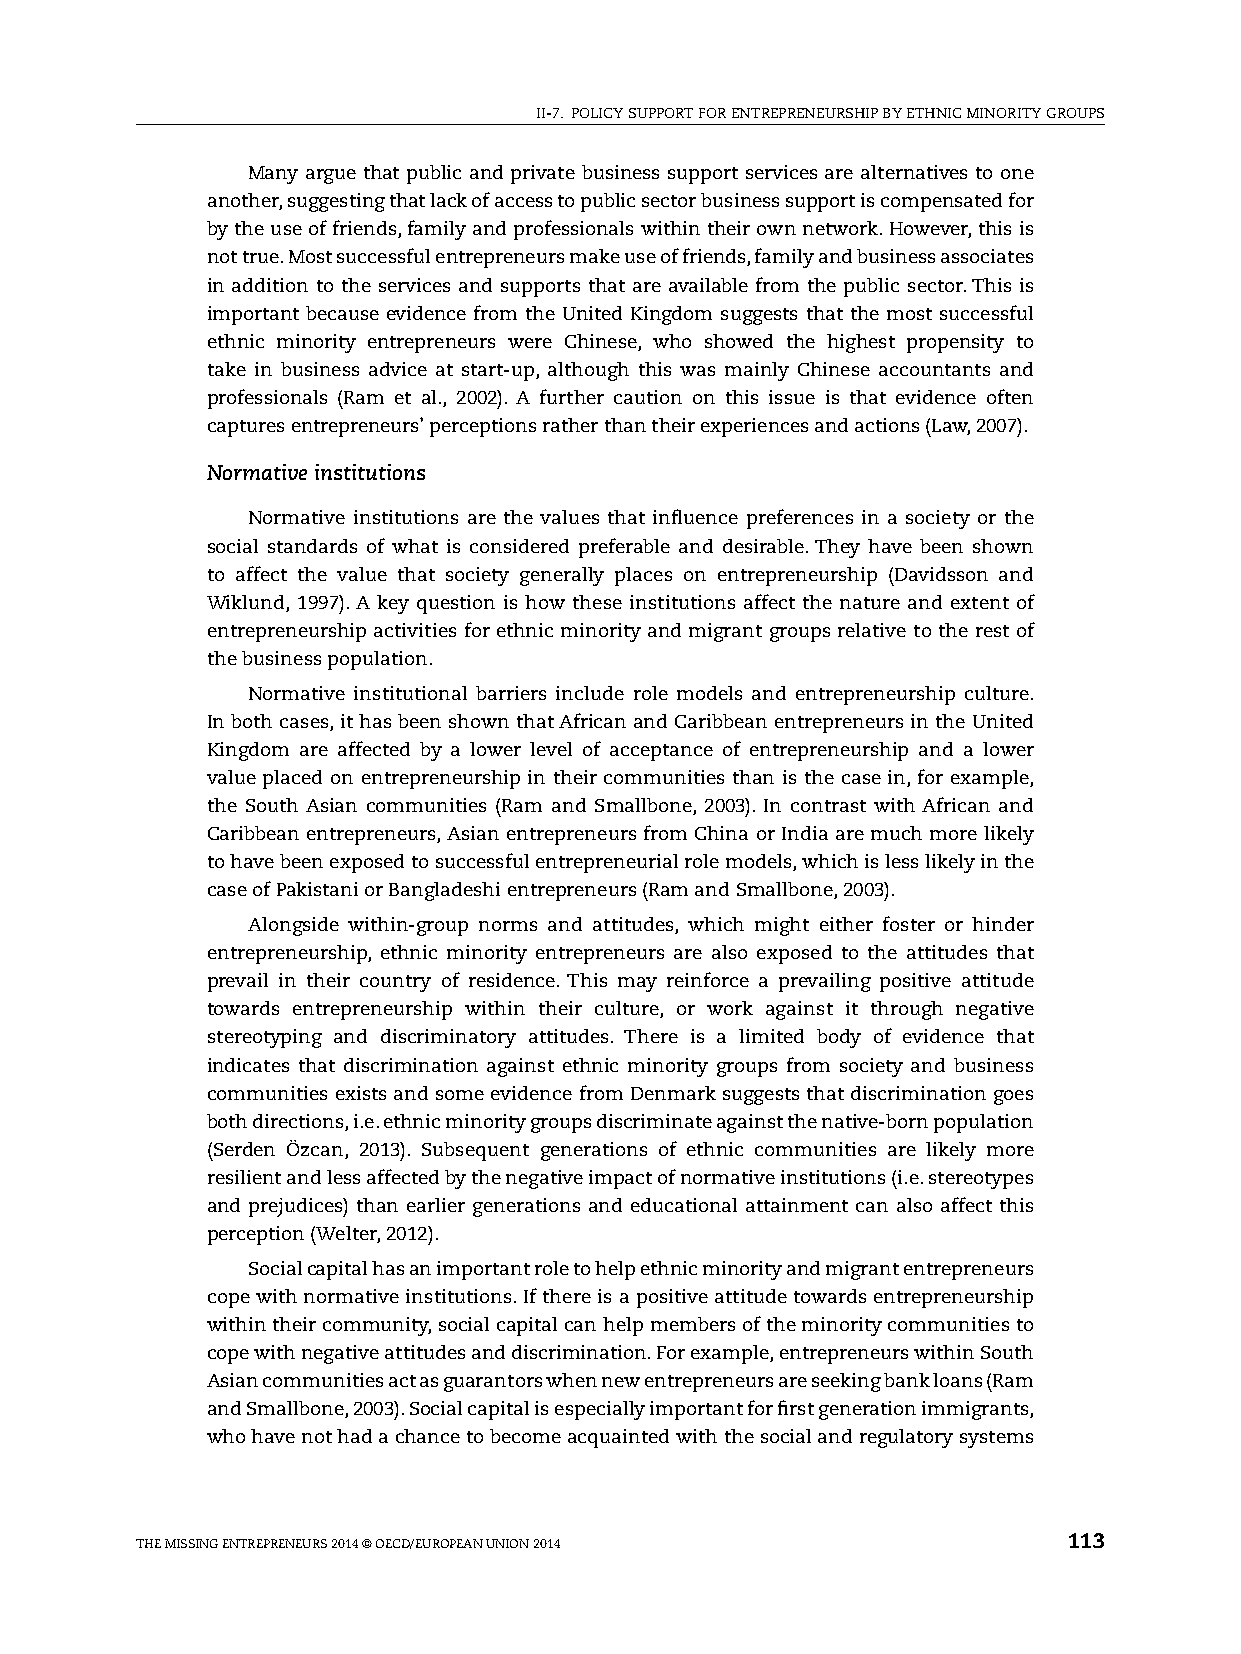
II-7. pOlICy sUppORT FOR ENTREpRENEURshIp By EThNIC MINORITy GROUps
 Many argue that public and private business support services are alternatives to one
 another, suggesting that lack of access to public sector business support is compensated for
 by the use of friends, family and professionals within their own network. however, this is
 not true. Most successful entrepreneurs make use of friends, family and business associates
 in addition to the services and supports that are available from the public sector. This is
 important because evidence from the United Kingdom suggests that the most successful
 ethnic minority entrepreneurs were Chinese, who showed the highest propensity to
 take in business advice at start-up, although this was mainly Chinese accountants and
 professionals (Ram et al., 2002). A further caution on this issue is that evidence often
 captures entrepreneurs’ perceptions rather than their experiences and actions (law, 2007).
 Normative institutions
 Normative institutions are the values that influence preferences in a society or the
 social standards of what is considered preferable and desirable. They have been shown
 to affect the value that society generally places on entrepreneurship (Davidsson and
 Wiklund, 1997). A key question is how these institutions affect the nature and extent of
 entrepreneurship activities for ethnic minority and migrant groups relative to the rest of
 the business population.
 Normative institutional barriers include role models and entrepreneurship culture.
 In both cases, it has been shown that African and Caribbean entrepreneurs in the United
 Kingdom are affected by a lower level of acceptance of entrepreneurship and a lower
 value placed on entrepreneurship in their communities than is the case in, for example,
 the south Asian communities (Ram and smallbone, 2003). In contrast with African and
 Caribbean entrepreneurs, Asian entrepreneurs from China or India are much more likely
 to have been exposed to successful entrepreneurial role models, which is less likely in the
 case of pakistani or Bangladeshi entrepreneurs (Ram and smallbone, 2003).
 Alongside within-group norms and attitudes, which might either foster or hinder
 entrepreneurship, ethnic minority entrepreneurs are also exposed to the attitudes that
 prevail in their country of residence. This may reinforce a prevailing positive attitude
 towards entrepreneurship within their culture, or work against it through negative
 stereotyping and discriminatory attitudes. There is a limited body of evidence that
 indicates that discrimination against ethnic minority groups from society and business
 communities exists and some evidence from Denmark suggests that discrimination goes
 both directions, i.e. ethnic minority groups discriminate against the native-born population
 (serden Özcan, 2013). subsequent generations of ethnic communities are likely more
 resilient and less affected by the negative impact of normative institutions (i.e. stereotypes
 and prejudices) than earlier generations and educational attainment can also affect this
 perception (Welter, 2012).
 social capital has an important role to help ethnic minority and migrant entrepreneurs
 cope with normative institutions. If there is a positive attitude towards entrepreneurship
 within their community, social capital can help members of the minority communities to
 cope with negative attitudes and discrimination. For example, entrepreneurs within south
 Asian communities act as guarantors when new entrepreneurs are seeking bank loans (Ram
 and smallbone, 2003). social capital is especially important for first generation immigrants,
 who have not had a chance to become acquainted with the social and regulatory systems
 ThE MIssING ENTREpRENEURs 2014 © OECD/EUROpEAN UNION 2014     113